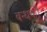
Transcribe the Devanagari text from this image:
बन्धको